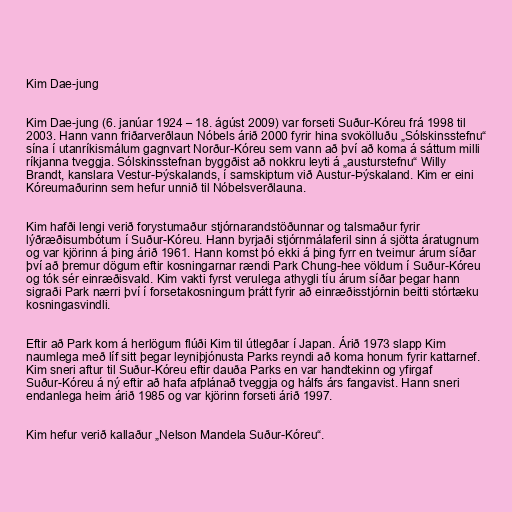
Kim Dae-jung

Kim Dae-jung (6. janúar 1924 – 18. ágúst 2009) var forseti Suður-Kóreu frá 1998 til
2003. Hann vann friðarverðlaun Nóbels árið 2000 fyrir hina svokölluðu „Sólskinsstefnu“
sína í utanríkismálum gagnvart Norður-Kóreu sem vann að því að koma á sáttum milli
ríkjanna tveggja. Sólskinsstefnan byggðist að nokkru leyti á „austurstefnu“ Willy
Brandt, kanslara Vestur-Þýskalands, í samskiptum við Austur-Þýskaland. Kim er eini
Kóreumaðurinn sem hefur unnið til Nóbelsverðlauna.

Kim hafði lengi verið forystumaður stjórnarandstöðunnar og talsmaður fyrir
lýðræðisumbótum í Suður-Kóreu. Hann byrjaði stjórnmálaferil sinn á sjötta áratugnum
og var kjörinn á þing árið 1961. Hann komst þó ekki á þing fyrr en tveimur árum síðar
því að þremur dögum eftir kosningarnar rændi Park Chung-hee völdum í Suður-Kóreu
og tók sér einræðisvald. Kim vakti fyrst verulega athygli tíu árum síðar þegar hann
sigraði Park nærri því í forsetakosningum þrátt fyrir að einræðisstjórnin beitti stórtæku
kosningasvindli.

Eftir að Park kom á herlögum flúði Kim til útlegðar í Japan. Árið 1973 slapp Kim
naumlega með líf sitt þegar leyniþjónusta Parks reyndi að koma honum fyrir kattarnef.
Kim sneri aftur til Suður-Kóreu eftir dauða Parks en var handtekinn og yfirgaf
Suður-Kóreu á ný eftir að hafa afplánað tveggja og hálfs árs fangavist. Hann sneri
endanlega heim árið 1985 og var kjörinn forseti árið 1997.

Kim hefur verið kallaður „Nelson Mandela Suður-Kóreu“.